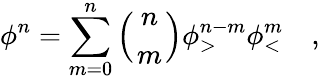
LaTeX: \phi^{n}=\sum_{m=0}^{n}\left({n\atop m}\right)\phi_{>}^{n-m}\phi_{<}^{m}\quad,